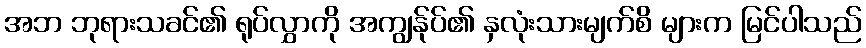
အဘ ဘုရားသခင်၏ ရုပ်လွှာကို အကျွန်ုပ်၏ နှလုံးသားမျက်စိ များက မြင်ပါသည်